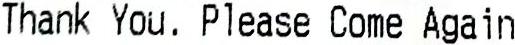
THANK YOU. PLEASE COME AGAIN